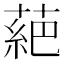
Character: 𫉇